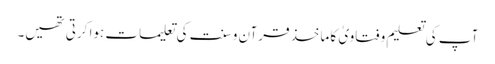
آپ کی تعلیم و فتاویٰ کا ماخذ قرآن و سنت کی تعلیمات ہوا کرتی تھیں۔